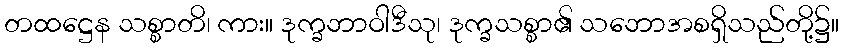
တထဋ္ဌေန သစ္စာတိ၊ ကား။ ဒုက္ခဘာဝါဒီသု၊ ဒုက္ခသစ္စာ၏ သဘောအစရှိသည်တို့၌။